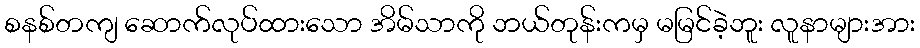
စနစ်တကျ ဆောက်လုပ်ထားသော အိမ်သာကို ဘယ်တုန်းကမှ မမြင်ခဲ့ဘူး လူနာများအား